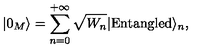
| 0 _ { M } \rangle = \sum _ { n = 0 } ^ { + \infty } \sqrt { W _ { n } } | \mathrm { E n t a n g l e d } \rangle _ { n } ,